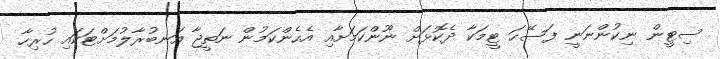
ސިޓީން ނިކުންނަނީ ފަސޭހަ ޓީމަކާ ދެކޮޅަށް ނޫންކަމަށާއި އެހެންކަމުން ނަތީޖާ އަނބުރާލުމަށްޓަކައި ހުރިހާ